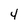
Character: 4